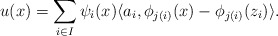
\begin{align*}u(x) = \sum_{i\in I} \psi_i(x) \langle a_i, \phi_{j(i)}(x)-\phi_{j(i)}(z_i) \rangle.\end{align*}